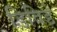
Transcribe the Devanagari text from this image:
डिविडे